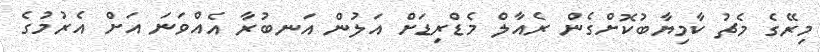
މިރޭގެ މެޗު ކާމިޔާބުކޮށްގެން ރެއާލް މެޑްރިޑަށް އަލުން އަނބުރާ އެއްވަނަ އަށް އެރުމުގެ